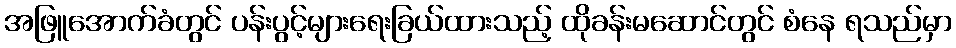
အဖြူအောက်ခံတွင် ပန်းပွင့်များရေးခြယ်ထားသည့် ထိုခန်းမဆောင်တွင် စံနေ ရသည်မှာ